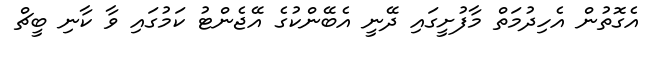
އެގޮތުން އެހިދުމަތް މާފުށީގައި ދޭނީ އެބޭންކުގެ އޭޖެންޓު ކަމުގައި ވާ ކާނި ބީޗް